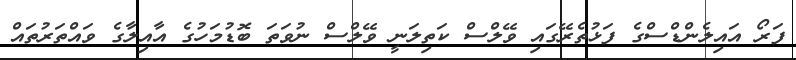
ފަރޯ އައިލެންޑްސްގެ ފަޅުތެރޭގައި ވޭލްސް ކަތިލަނީ ވޭލްސް ނުވަތަ ބޮޑުމަހުގެ އާއިލާގެ ވައްތަރުތައް